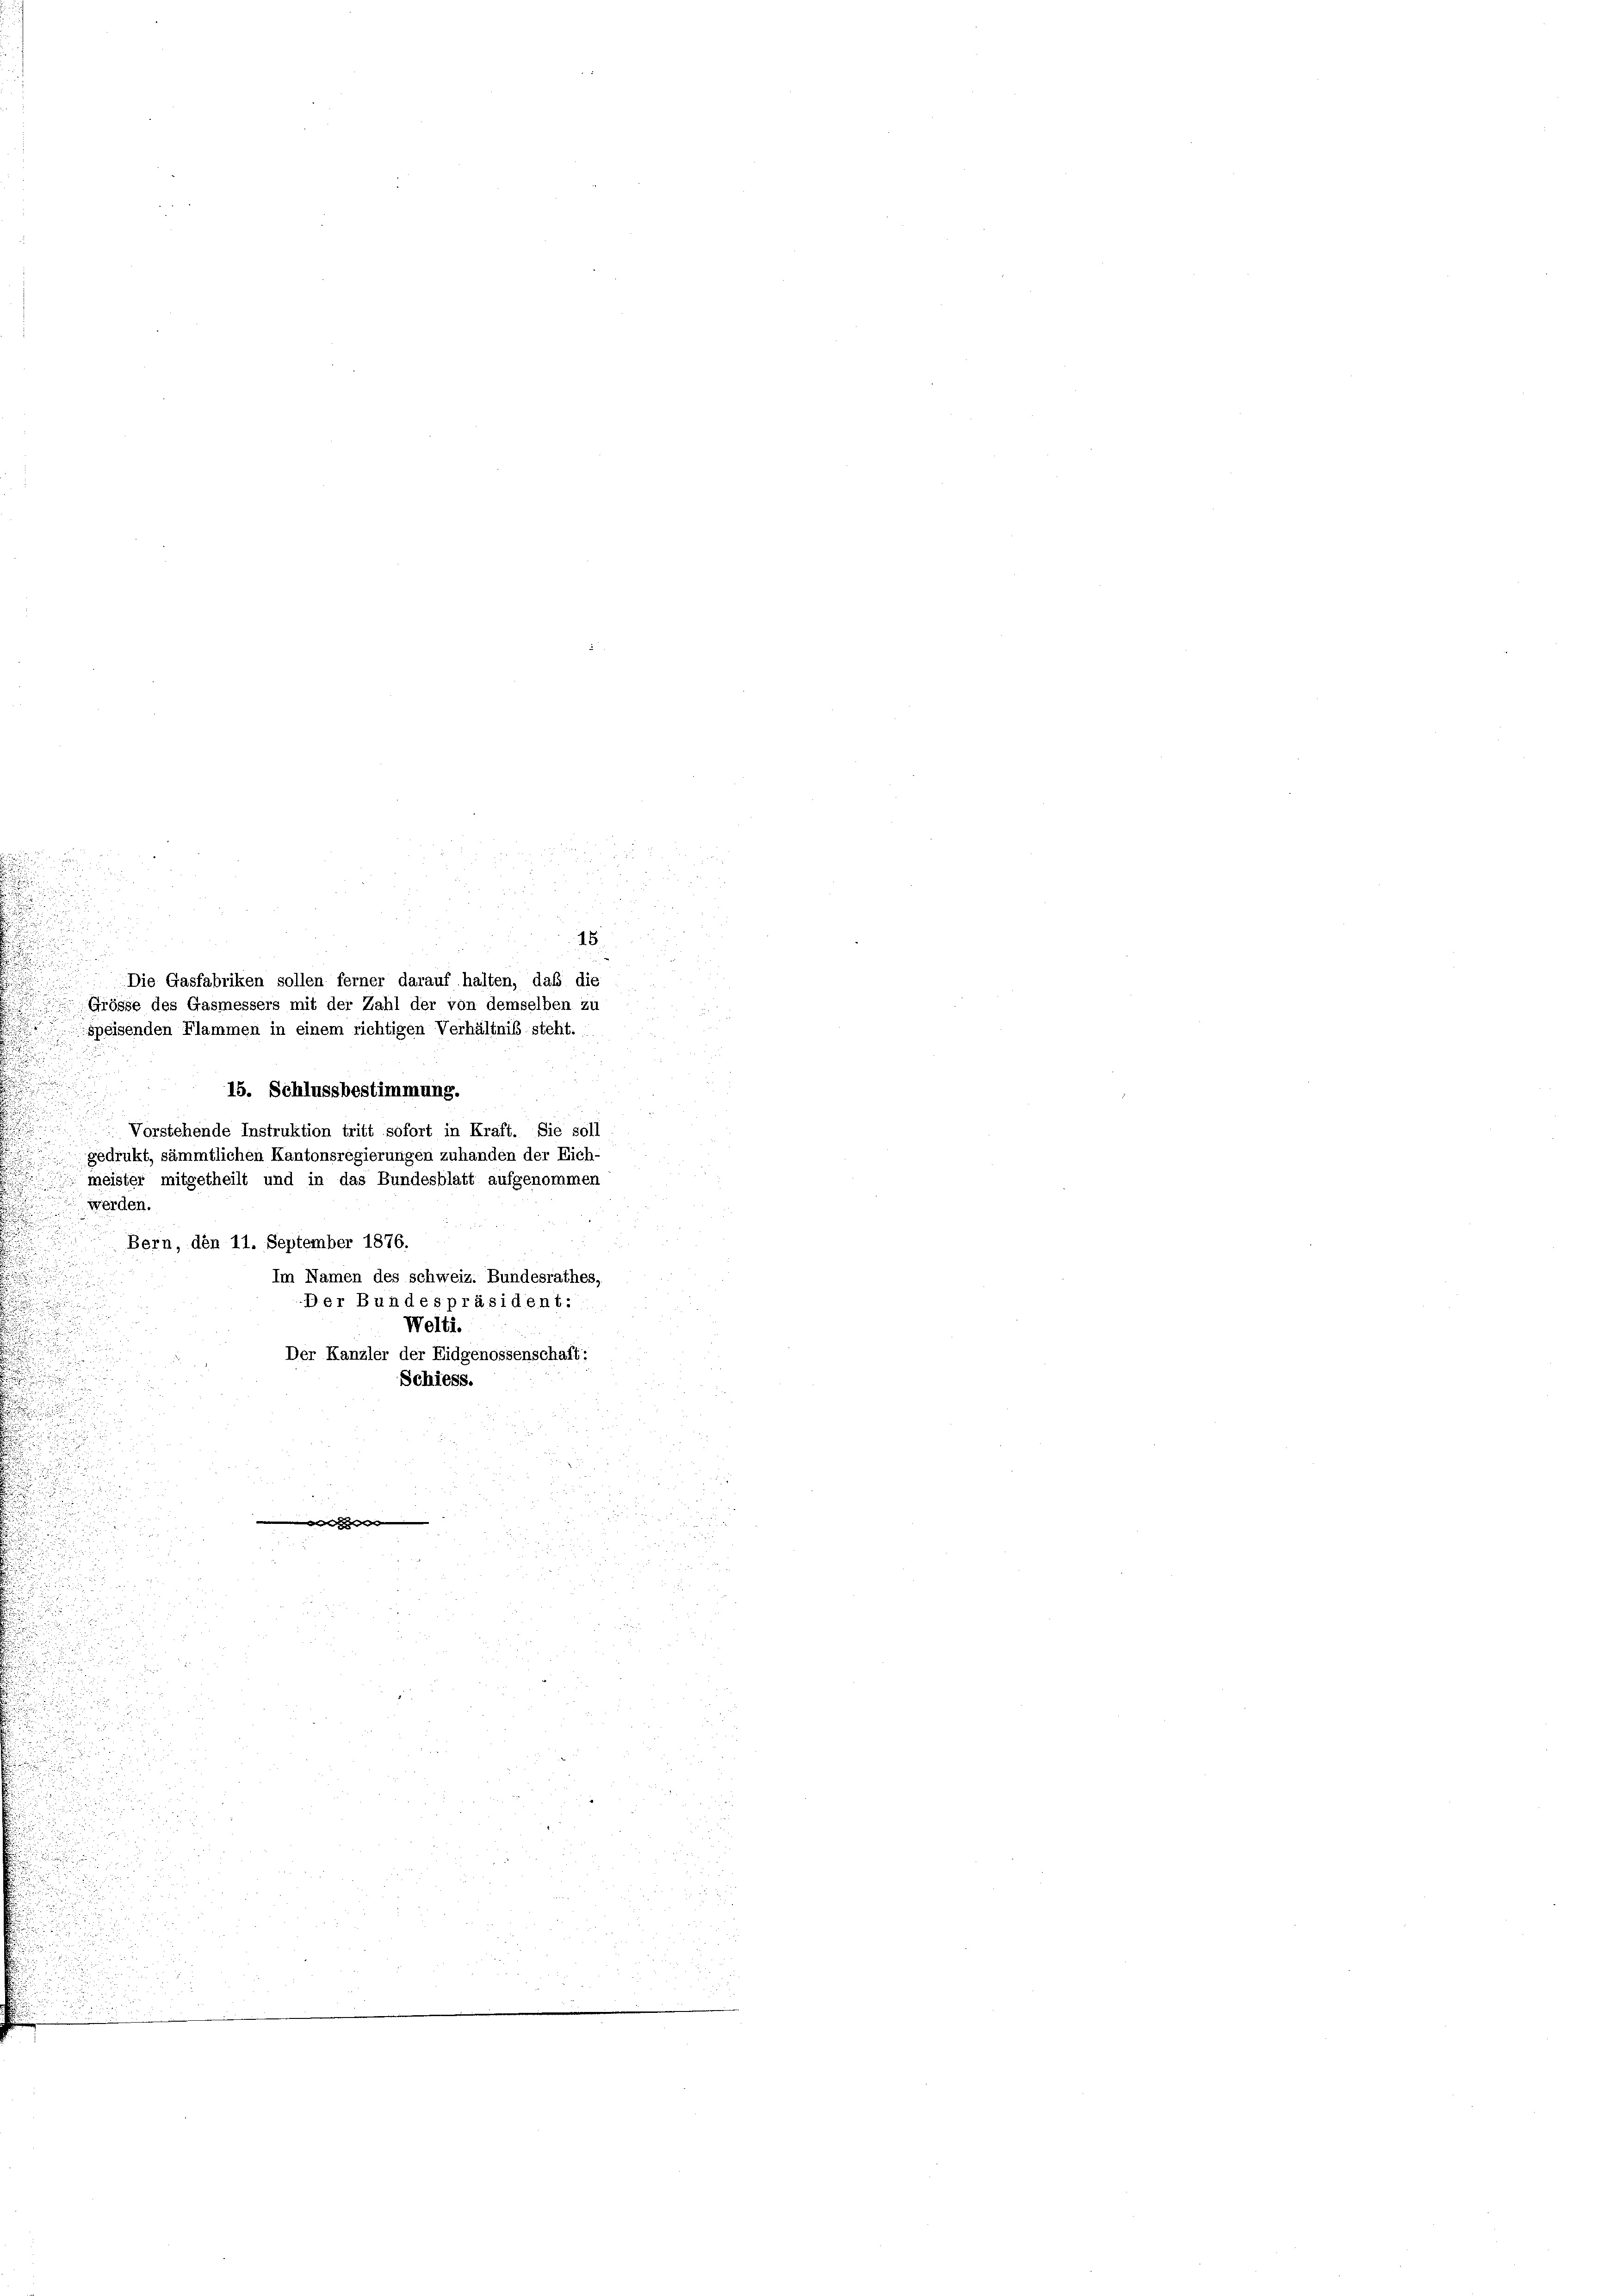
Die Gasfabriken sollen ferner darauf halten, daß die
Grösse des Gasmessers mit der Zahl der von demselben zu
speisenden Flammen in einem richtigen Verhältnis steht.

15. Schlussbestimmung.
e
Vorstehende Instruktion tritt sofort in Kraft. Sie soll
gedrukt, sämmtlichen Kantonsregierungen zuhanden der Eich-
meister mitgetheilt und in das Bundesblatt aufgenommen
werden.
Bern, den 11. September 1876.
Im Namen des schweiz. Bundesrathes,
Der Bundespräsident:
.
Welti.
.

Der Kanzler der Eidgenossenschaft:
Schiess.

u
u

.
d
d
n
n

i

.

i
28